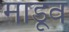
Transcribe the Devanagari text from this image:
माडूव